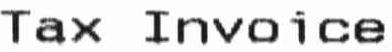
TAX INVOICE